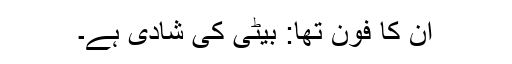
ان کا فون تھا: بیٹی کی شادی ہے۔